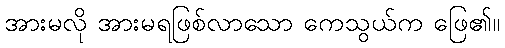
အားမလို အားမရဖြစ်လာသော ကေသွယ်က ဖြေ၏။